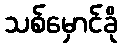
သစ်မှောင်ခို